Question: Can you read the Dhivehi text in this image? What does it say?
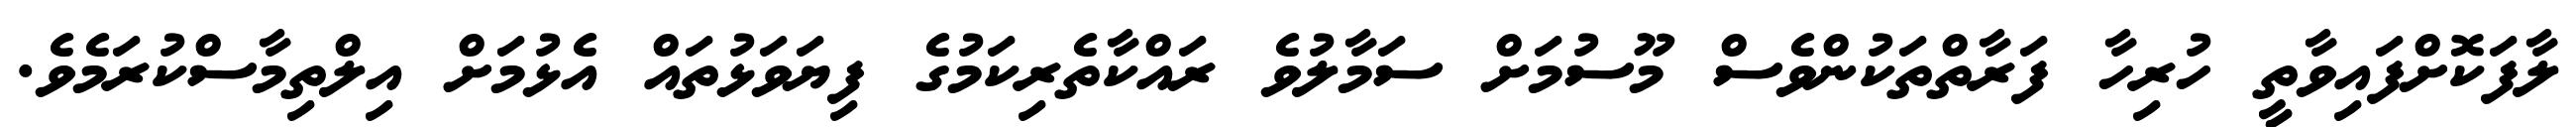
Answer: ލާފަކޮށްފައިވާތީ ހުރިހާ ފަރާތްތަކުންވެސް މޫސުމަށް ސަމާލުވެ ރައްކާތެރިކަމުގެ ފިޔަވަޅުތައް އެޅުމަށް އިލްތިމާސްކުރަމެވެ.